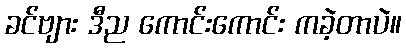
ခင်ဗျား ဒီည ကောင်းကောင်း ကခဲ့တာပဲ။